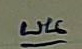
บน